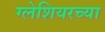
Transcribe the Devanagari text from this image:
ग्लेशियरच्या